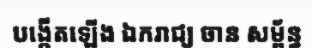
បង្កើតឡើង ឯករាជ្យ ចាន សម្ព័ន្ធ